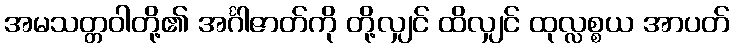
အမသတ္တဝါတို့၏ အင်္ဂါဇာတ်ကို တို့လျှင် ထိလျှင် ထုလ္လစ္စယ အာပတ်